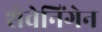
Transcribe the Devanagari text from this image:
शेवेनिंगेन